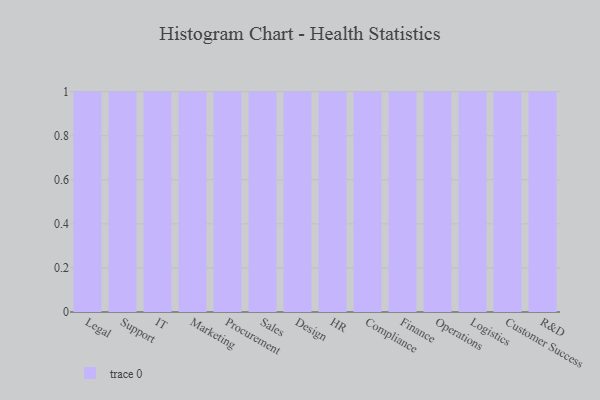
{"axis": {"x": "Department", "y": "Gross Profit (USD K)"}, "legend": [""], "data": [{"x": "Legal", "y": 90, "type": ""}, {"x": "Support", "y": 28, "type": ""}, {"x": "IT", "y": 13, "type": ""}, {"x": "Marketing", "y": 63, "type": ""}, {"x": "Procurement", "y": 79, "type": ""}, {"x": "Sales", "y": 1, "type": ""}, {"x": "Design", "y": 83, "type": ""}, {"x": "HR", "y": 79, "type": ""}, {"x": "Compliance", "y": 72, "type": ""}, {"x": "Finance", "y": 15, "type": ""}, {"x": "Operations", "y": 7, "type": ""}, {"x": "Logistics", "y": 15, "type": ""}, {"x": "Customer Success", "y": 72, "type": ""}, {"x": "R&D", "y": 19, "type": ""}]}